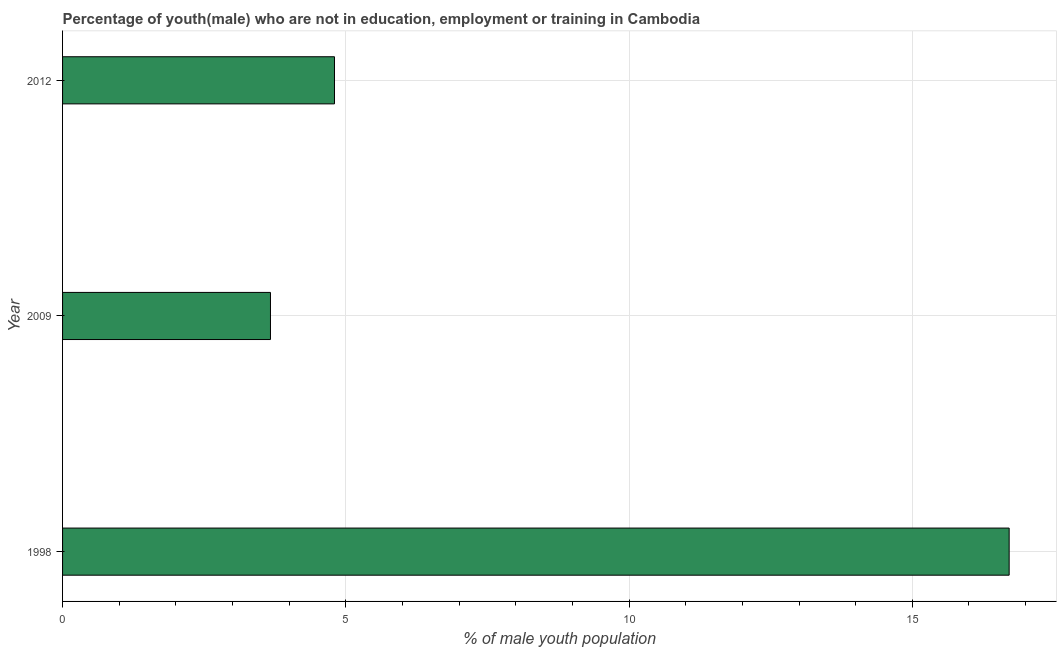
| Year | Unemployed(male) |
 | --- | --- |
 | 1998 | 16.7 |
 | 2009 | 3.67 |
 | 2012 | 4.8 |